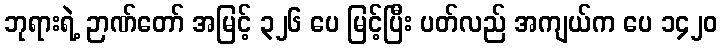
ဘုရားရဲ့ ဉာဏ်တော် အမြင့် ၃၂၆ ပေ မြင့်ပြီး ပတ်လည် အကျယ်က ပေ ၁၄၂၀